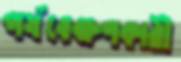
পর্যবেক্ষণকারী